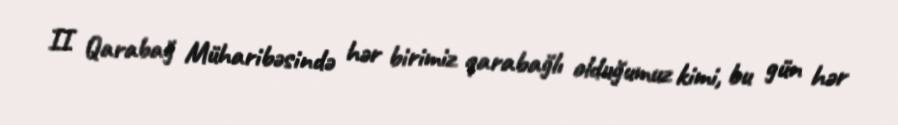
II Qarabağ Müharibəsində hər birimiz qarabağlı olduğumuz kimi, bu gün hər